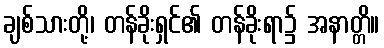
ချစ်သားတို့၊ တန်ခိုးရှင်၏ တန်ခိုးရာ၌ အနာတ္တိ။